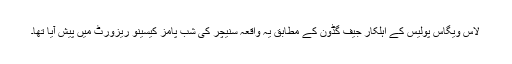
لاس ویگاس پولیس کے اہلکار جیف گڈون کے مطابق یہ واقعہ سنیچر کی شب پامز کیسینو ریزورٹ میں پیش آیا تھا۔